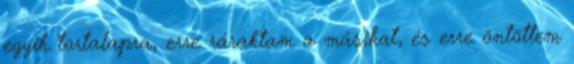
egyik tortalapra, erre ráraktam a másikat, és erre öntöttem